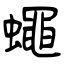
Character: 蠅